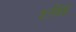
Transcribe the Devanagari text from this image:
शर्तबंध